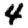
Digit: 4